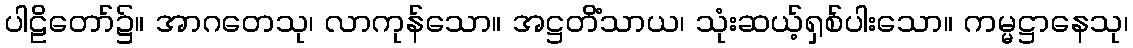
ပါဠိတော်၌။ အာဂတေသု၊ လာကုန်သော။ အဋ္ဌတိံသာယ၊ သုံးဆယ့်ရှစ်ပါးသော။ ကမ္မဋ္ဌာနေသု၊